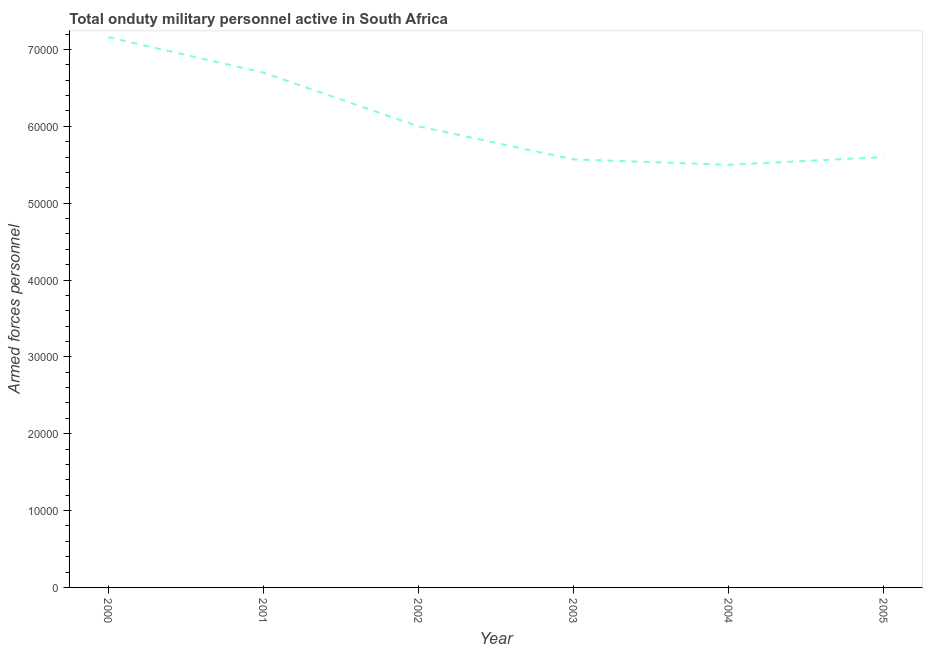
| Year | Armed forces personnel |
 | --- | --- |
 | 2000 | 7.16e+04 |
 | 2001 | 6.7e+04 |
 | 2002 | 6e+04 |
 | 2003 | 5.57e+04 |
 | 2004 | 5.5e+04 |
 | 2005 | 5.6e+04 |